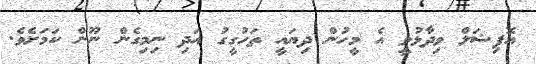
އޮފިޝަލް ވިދާޅުވީ އެ މީހުން ދިޔައީ ތަހުގީގު އަދި ނިމިގެން ނޫން ކަމަށެވެ.